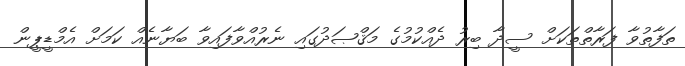
ތަފާތުވާ ފަރާތްތަކަށް ސީދާ ބިރު ދެއްކުމުގެ މަޤްޞަދުގައި ނެރުއްވާފައިވާ ބަޔާނެއް ކަމަށް އެމްޑީޕީން